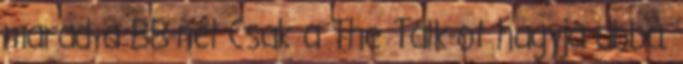
marad a BB-nél Csak a The Talk-ot hagyja abba.